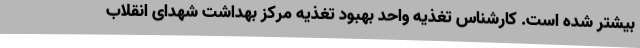
بیشتر شده است. کارشناس تغذیه واحد بهبود تغذیه مرکز بهداشت شهدای انقلاب